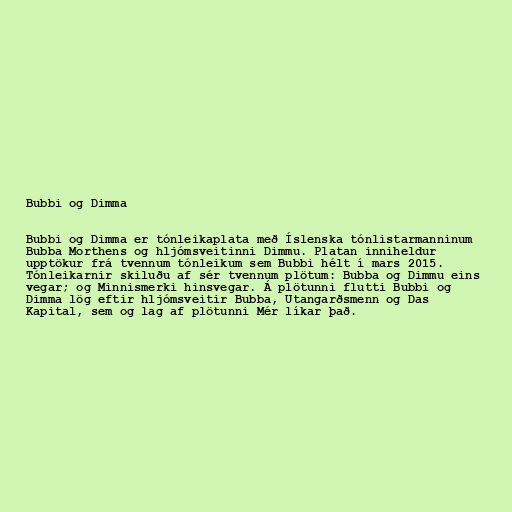
Bubbi og Dimma

Bubbi og Dimma er tónleikaplata með Íslenska tónlistarmanninum
Bubba Morthens og hljómsveitinni Dimmu. Platan inniheldur
upptökur frá tvennum tónleikum sem Bubbi hélt í mars 2015.
Tónleikarnir skiluðu af sér tvennum plötum: Bubba og Dimmu eins
vegar; og Minnismerki hinsvegar. Á plötunni flutti Bubbi og
Dimma lög eftir hljómsveitir Bubba, Utangarðsmenn og Das
Kapital, sem og lag af plötunni Mér líkar það.